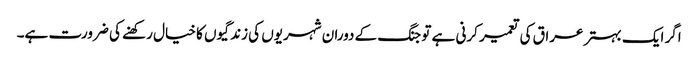
اگر ایک بہتر عراق کی تعمیر کرنی ہے تو جنگ کے دوران شہریوں کی زندگیوں کا خیال رکھنے کی ضرورت ہے۔